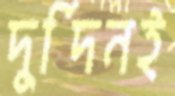
দুর্দিনই